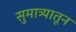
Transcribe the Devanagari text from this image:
सुमात्र्यातून